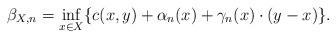
LaTeX: \begin{align*} \beta_{X, n} = \inf_{x \in X} \{ c(x, y) + \alpha_n(x) + \gamma_n (x) \cdot (y-x)\}.\end{align*}